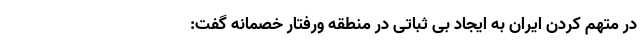
در متهم کردن ایران به ایجاد بی ثباتی در منطقه ورفتار خصمانه گفت: